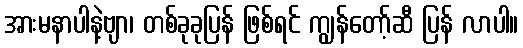
အားမနာပါနဲ့ဗျာ၊ တစ်ခုခုပြန် ဖြစ်ရင် ကျွန်တော့်ဆီ ပြန် လာပါ။